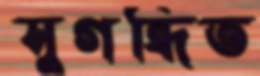
সুগন্ধিত